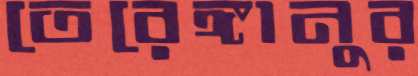
তেরেঙ্গানুর